Annual administration report of the Civil Veterinary Department, Ajmere-Merwara, British Rajputana - 1914-1940
Year: 1914
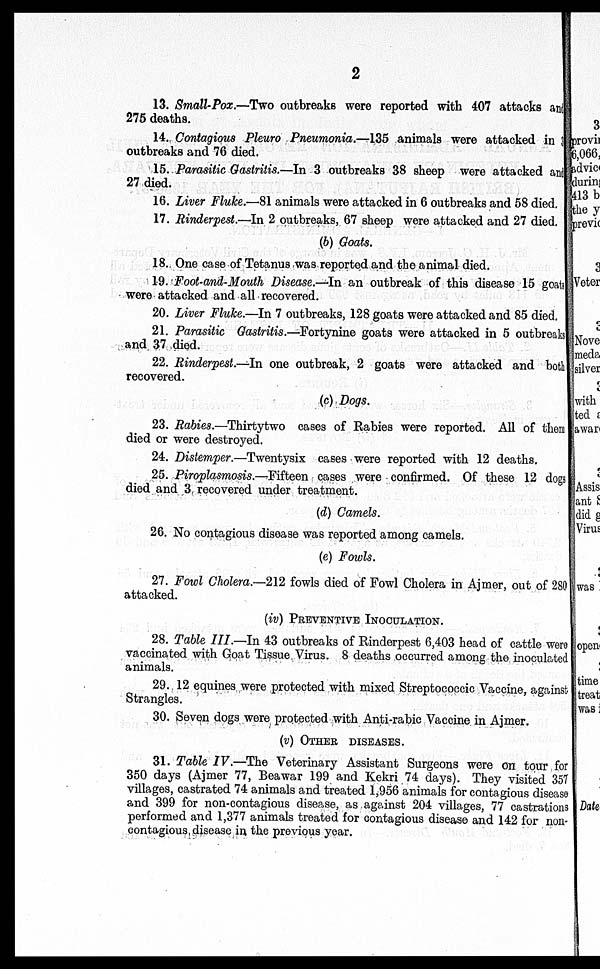
2
13. Small-Pox.—Two outbreaks were reported with 407 attacks and
275 deaths.
14. Contagious Pleuro Pneumonia.—135 animals were attacked in 3
outbreaks and 76 died.
15. Parasitic Gastritis.—In 3 outbreaks 38 sheep were attacked and
27 died.
16. Liver Fluke.—81 animals were attacked in 6 outbreaks and 58 died.
17. Rinderpest.—In 2 outbreaks, 67 sheep were attacked and 27 died.
(b) Goats.
18. One case of Tetanus was reported and the animal died.
19. Foot-and-Mouth Disease.—In an outbreak of this disease 15 goats
were attacked and all recovered.
20. Liver Fluke.—In 7 outbreaks, 128 goats were attacked and 85 died.
21. Parasitic Gastritis.—Fortynine goats were attacked in 5 outbreaks
and 37 died.
22. Rinderpest.—In one outbreak, 2 goats were attacked and both
recovered.
(c) Dogs.
23. Rabies.—Thirtytwo cases of Rabies were reported. All of them
died or were destroyed.
24. Distemper.—Twentysix cases were reported with 12 deaths.
25. Piroplasmosis.—Fifteen cases were confirmed. Of these 12 dogs
died and 3 recovered under treatment.
(d) Camels.
26. No contagious disease was reported among camels.
(e) Fowls.
27. Fowl Cholera.—212 fowls died of Fowl Cholera in Ajmer, out of 280
attacked.
(iv) PREVENTIVE INOCULATION.
28. Table III.—In 43 outbreaks of Rinderpest 6,403 head of cattle were
vaccinated with Goat Tissue Virus. 8 deaths occurred among the inoculated
animals.
29. 12 equines were protected with mixed Streptococcic Vaccine, against
Strangles.
30. Seven dogs were protected with Anti-rabic Vaccine in Ajmer.
(v) OTHER DISEASES.
31. Table IV.—The Veterinary Assistant Surgeons were on tour for
350 days (Ajmer 77, Beawar 199 and Kekri 74 days). They visited 357
villages, castrated 74 animals and treated 1,956 animals for contagious disease
and 399 for non-contagious disease, as against 204 villages, 77 castrations
performed and 1,377 animals treated for contagious disease and 142 for non-
contagious disease in the previous year.